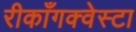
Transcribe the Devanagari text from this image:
रीकाँगक्वेस्टा